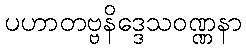
ပဟာတဗ္ဗနိဒ္ဒေသဝဏ္ဏနာ